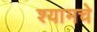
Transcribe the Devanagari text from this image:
श्यामचे